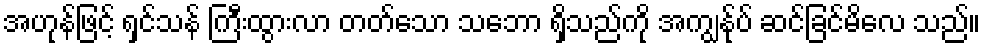
အဟုန်ဖြင့် ရှင်သန် ကြီးထွားလာ တတ်သော သဘော ရှိသည်ကို အကျွန်ုပ် ဆင်ခြင်မိလေ သည်။